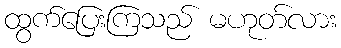
ထွက်ပြေးကြသည် မဟုတ်လား